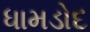
ધામડોદ